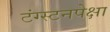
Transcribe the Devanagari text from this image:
टंग्स्टनपेक्षा